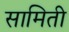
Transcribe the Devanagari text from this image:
सामिती